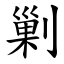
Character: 剿